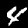
Label: 4